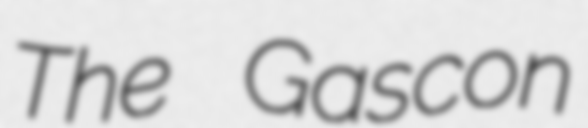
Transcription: The Gascon